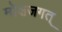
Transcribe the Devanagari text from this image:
मोक्षजगत्